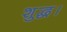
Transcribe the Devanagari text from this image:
शुद्ध।